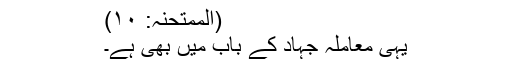
(الممتحنہ: ۱۰)
یہی معاملہ جہاد کے باب میں بھی ہے۔